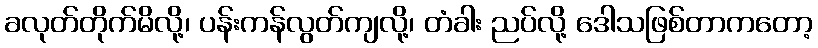
ခလုတ်တိုက်မိလို့၊ ပန်းကန်လွတ်ကျလို့၊ တံခါး ညပ်လို့ ဒေါသဖြစ်တာကတော့